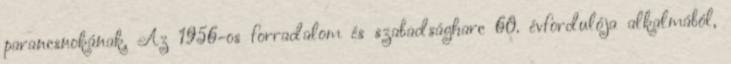
parancsnokának, Az 1956-os forradalom és szabadságharc 60. évfordulója alkalmából,